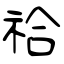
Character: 祫